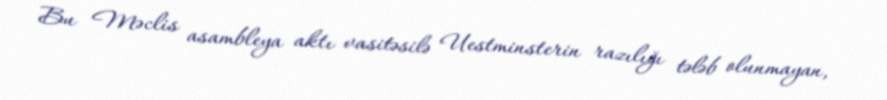
Bu Məclis asambleya aktı vasitəsilə Uestminsterin razılığı tələb olunmayan,